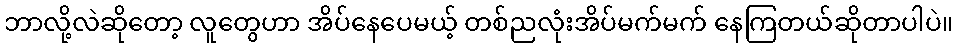
ဘာလို့လဲဆိုတော့ လူတွေဟာ အိပ်နေပေမယ့် တစ်ညလုံးအိပ်မက်မက် နေကြတယ်ဆိုတာပါပဲ။